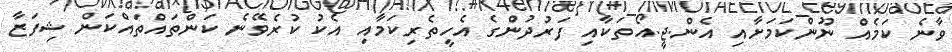
ވާނެ ކަމެއް ނޫންކަމަށާއި އެން.ޖީ.އޯތަކާއި ފަރުދުންގެ އެހީތެރިކަމާއި އެކު ކުރެވޭނެ ކަންތައްތައްކަން ޝިފަޒާ